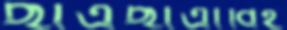
ছাত্রছাত্রীবিহ